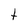
Character: t